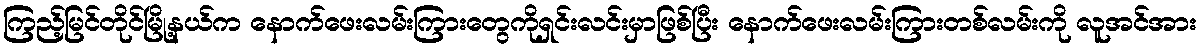
ကြည့်မြင်တိုင်မြို့နယ်က နောက်ဖေးလမ်းကြားတွေကိုရှင်းလင်းမှာဖြစ်ပြီး နောက်ဖေးလမ်းကြားတစ်လမ်းကို လူအင်အား